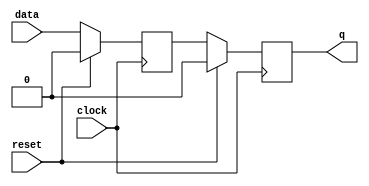
module edge_triggered_latch(
    input data,
    input clock,
    input reset,
    output reg q
);

reg d1, d2;

always @ (posedge clock) begin
    if (reset) begin
        d1 <= 1'b0;
        d2 <= 1'b0;
    end else begin
        d1 <= data;
        d2 <= d1;
    end
end

assign q = d2;

endmodule